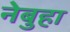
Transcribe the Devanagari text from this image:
नेबुहा